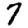
Digit: 7